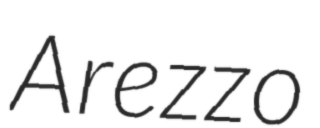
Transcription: Arezzo